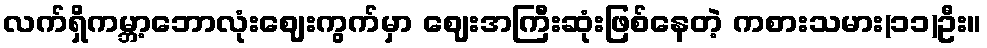
လက်ရှိကမ္ဘာ့ဘောလုံးဈေးကွက်မှာ ဈေးအကြီးဆုံးဖြစ်နေတဲ့ ကစားသမား(၁၁)ဦး။